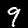
Label: 9